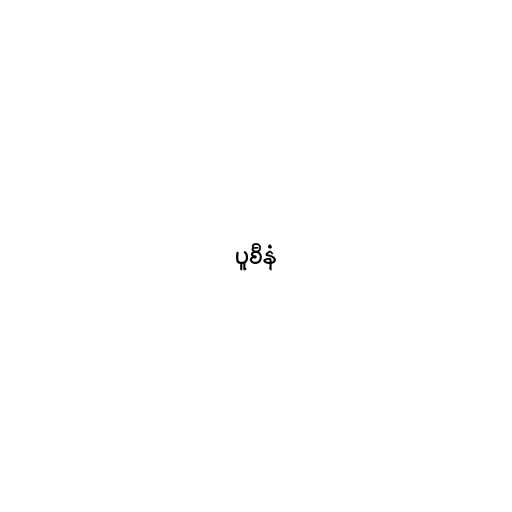
ပူစီနံ